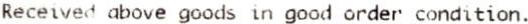
RECEIVED ABOVE GOODS IN GOOD ORDER CONDITION.